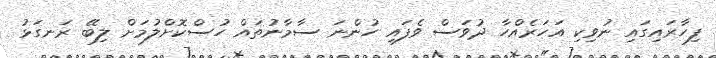
ފިހާރައިގައި ނުވިކި އަހަރެއްހާ ދުވަސް ވެފައި ހުންނަ ސާމާނުތައް ހުސްކޮށްލުމަށް ލިބޭ ރަނގަޅު